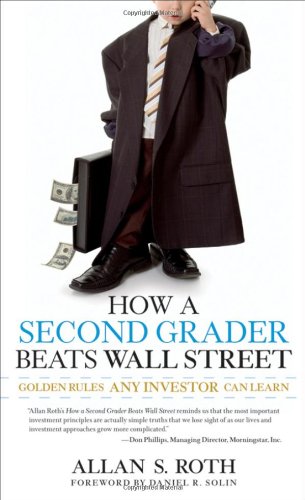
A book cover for How a Second Grader Beats Wall Street: Golden Rules Any Investor Can Learn; Allan S. Roth; Arts & Photography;